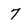
Character: 7